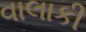
વાલાકી